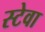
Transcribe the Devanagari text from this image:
स्टेवा